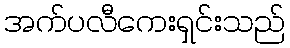
အက်ပလီကေးရှင်းသည်